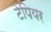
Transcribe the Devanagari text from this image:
टेपियर